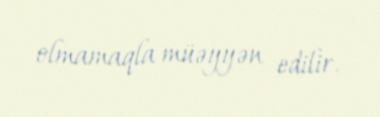
olmamaqla müəyyən edilir.